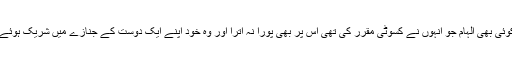
کوئی بھی الہام جو انہوں نے کسوٹی مقرر کی تھی اس پر بھی پورا نہ اترا اور وہ خود اپنے ایک دوست کے جنازے میں شریک ہوئے۔